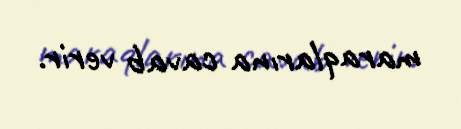
maraqlarına cavab verir.